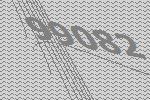
99082